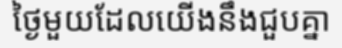
ថ្ងៃមួយដែលយើងនឹងជួបគ្នា